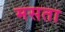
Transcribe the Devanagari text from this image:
मसता